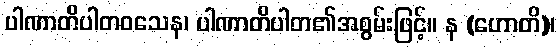
ပါဏာတိပါတဝသေန၊ ပါဏာတိပါတ၏အစွမ်းဖြင့်။ န (ဟောတိ)၊